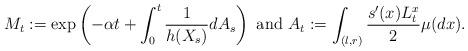
LaTeX: \begin{align*} M_t :=\exp\left(-\alpha t+\int_0^t\frac{1}{h(X_s)}dA_s\right) \mbox{ and } A_t:= \int_{(l,r)} \frac{s'(x)L^x_t}{2}\mu(dx). \end{align*}